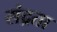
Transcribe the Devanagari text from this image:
संद्रता